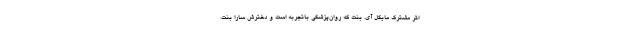
اثر مشترک مایکل آی. بنت که روان‌پزشکی باتجربه است و دخترش سارا بنت.